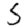
Digit: 5